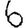
Digit: 6